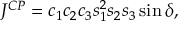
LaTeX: J ^ { C P } = c _ { 1 } c _ { 2 } c _ { 3 } s _ { 1 } ^ { 2 } s _ { 2 } s _ { 3 } \sin \delta ,